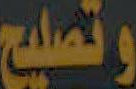
وتصليح